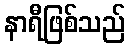
နာရီဖြစ်သည်